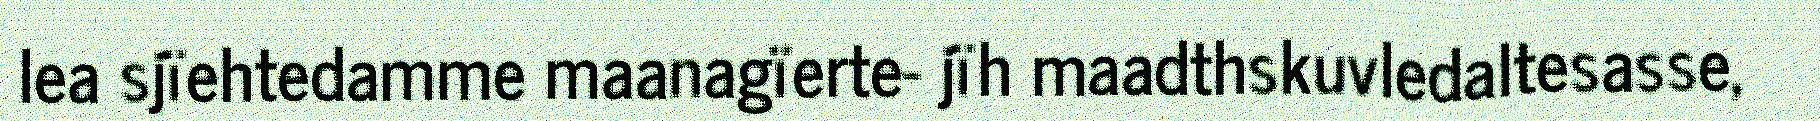
lea sjïehtedamme maanagïerte- jïh maadthskuvledaltesasse,